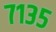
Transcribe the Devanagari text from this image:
७१३५